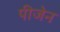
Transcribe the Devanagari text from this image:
पीजेन